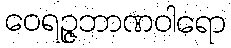
ဝေရဉ္ဇဘာဏဝါရော